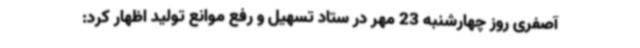
آصفری روز چهارشنبه 23 مهر در ستاد تسهیل و رفع موانع تولید اظهار کرد: